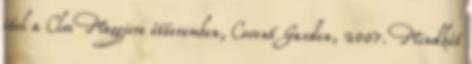
étel a Clos Maggiore étteremben, Covent Garden, 2007. Mindkét